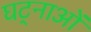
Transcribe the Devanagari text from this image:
घट्नाओं